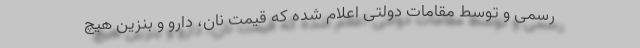
رسمی و توسط مقامات دولتی اعلام شده که قیمت نان، دارو و بنزین هیچ